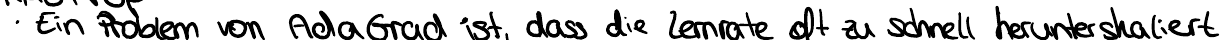
Ein Problem von AdaGrad ist, dass die Lernrate oft zu schnell herunterskaliert